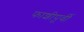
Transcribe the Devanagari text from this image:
फाशीपूर्वी